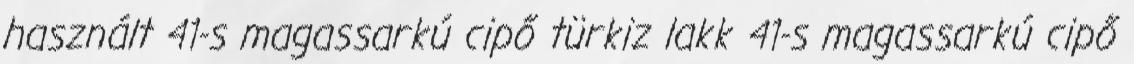
használt 41-s magassarkú cipő türkiz lakk 41-s magassarkú cipő